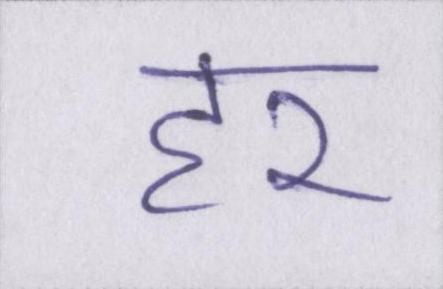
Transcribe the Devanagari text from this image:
हर